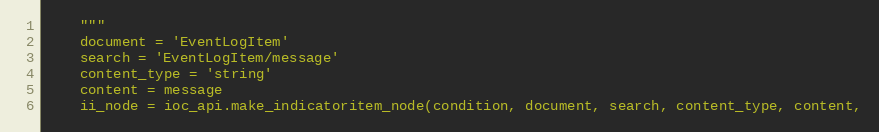
Language: Python
    """
    document = 'EventLogItem'
    search = 'EventLogItem/message'
    content_type = 'string'
    content = message
    ii_node = ioc_api.make_indicatoritem_node(condition, document, search, content_type, content,